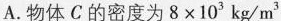
A.物体C的密度为$$8\times 103kg/m^{3}$$